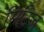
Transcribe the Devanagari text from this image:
सिटिज